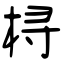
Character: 桪